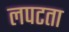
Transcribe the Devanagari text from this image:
लपटता